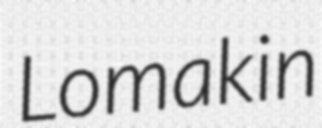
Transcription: Lomakin